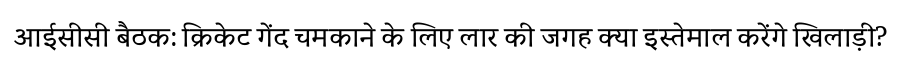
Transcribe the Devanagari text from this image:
आईसीसी बैठक: क्रिकेट गेंद चमकाने के लिए लार की जगह क्या इस्तेमाल करेंगे खिलाड़ी?